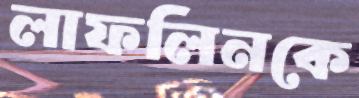
লাফলিনকে